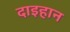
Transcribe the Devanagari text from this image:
दाइहान